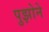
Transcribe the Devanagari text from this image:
पुझोने